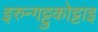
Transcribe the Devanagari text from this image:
इरुन्गट्टुकोट्टाइ